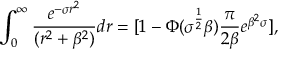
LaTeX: \int _ { 0 } ^ { \infty } \frac { e ^ { - \sigma r ^ { 2 } } } { ( r ^ { 2 } + \beta ^ { 2 } ) } d r = [ 1 - \Phi ( \sigma ^ { \frac { 1 } { 2 } } \beta ) \frac { \pi } { 2 \beta } e ^ { \beta ^ { 2 } \sigma } ] ,